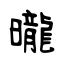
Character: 曨